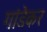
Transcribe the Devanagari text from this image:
गांडेकर